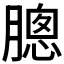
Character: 𣎗